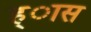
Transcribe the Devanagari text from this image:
ह्ास